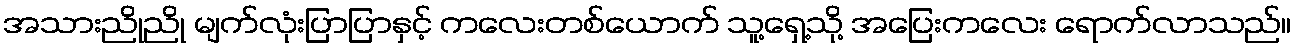
အသားညိုညို မျက်လုံးပြာပြာနှင့် ကလေးတစ်ယောက် သူ့ရှေ့သို့ အပြေးကလေး ရောက်လာသည်။